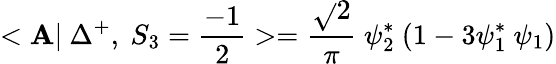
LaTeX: <\mathbf{A}|~\Delta^{+},~S_{3}=\frac{{-1}}{{2}}>=\frac{{\sqrt{}{{2}}}}{{\pi}}~\psi_{2}^{*}~(1-3\psi_{1}^{*}~\psi_{1})